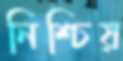
নিশ্চিয়